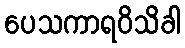
ပေသကာရဝိသိခါ